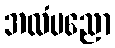
အလံပညော